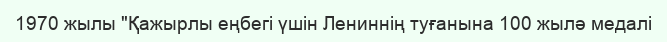
1970 жылы "Қажырлы еңбегі үшін Лениннің туғанына 100 жылә медалі